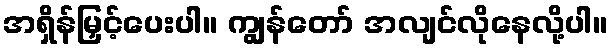
အရှိန်မြှင့်ပေးပါ။ ကျွန်တော် အလျင်လိုနေလို့ပါ။